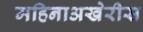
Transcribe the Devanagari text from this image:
महिनाअखेरीस